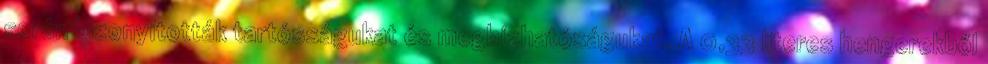
során bizonyították tartósságukat és megbízhatóságukat. A 0,33 literes hengerekből